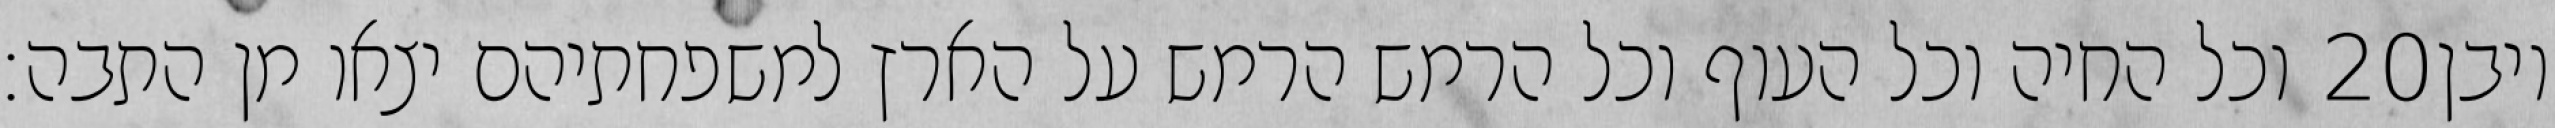
וכל החיה וכל העוף וכל הרמש הרמש על הארץ למשפחתיהם יצאו מן התבה׃ ‎20‏ ויבן